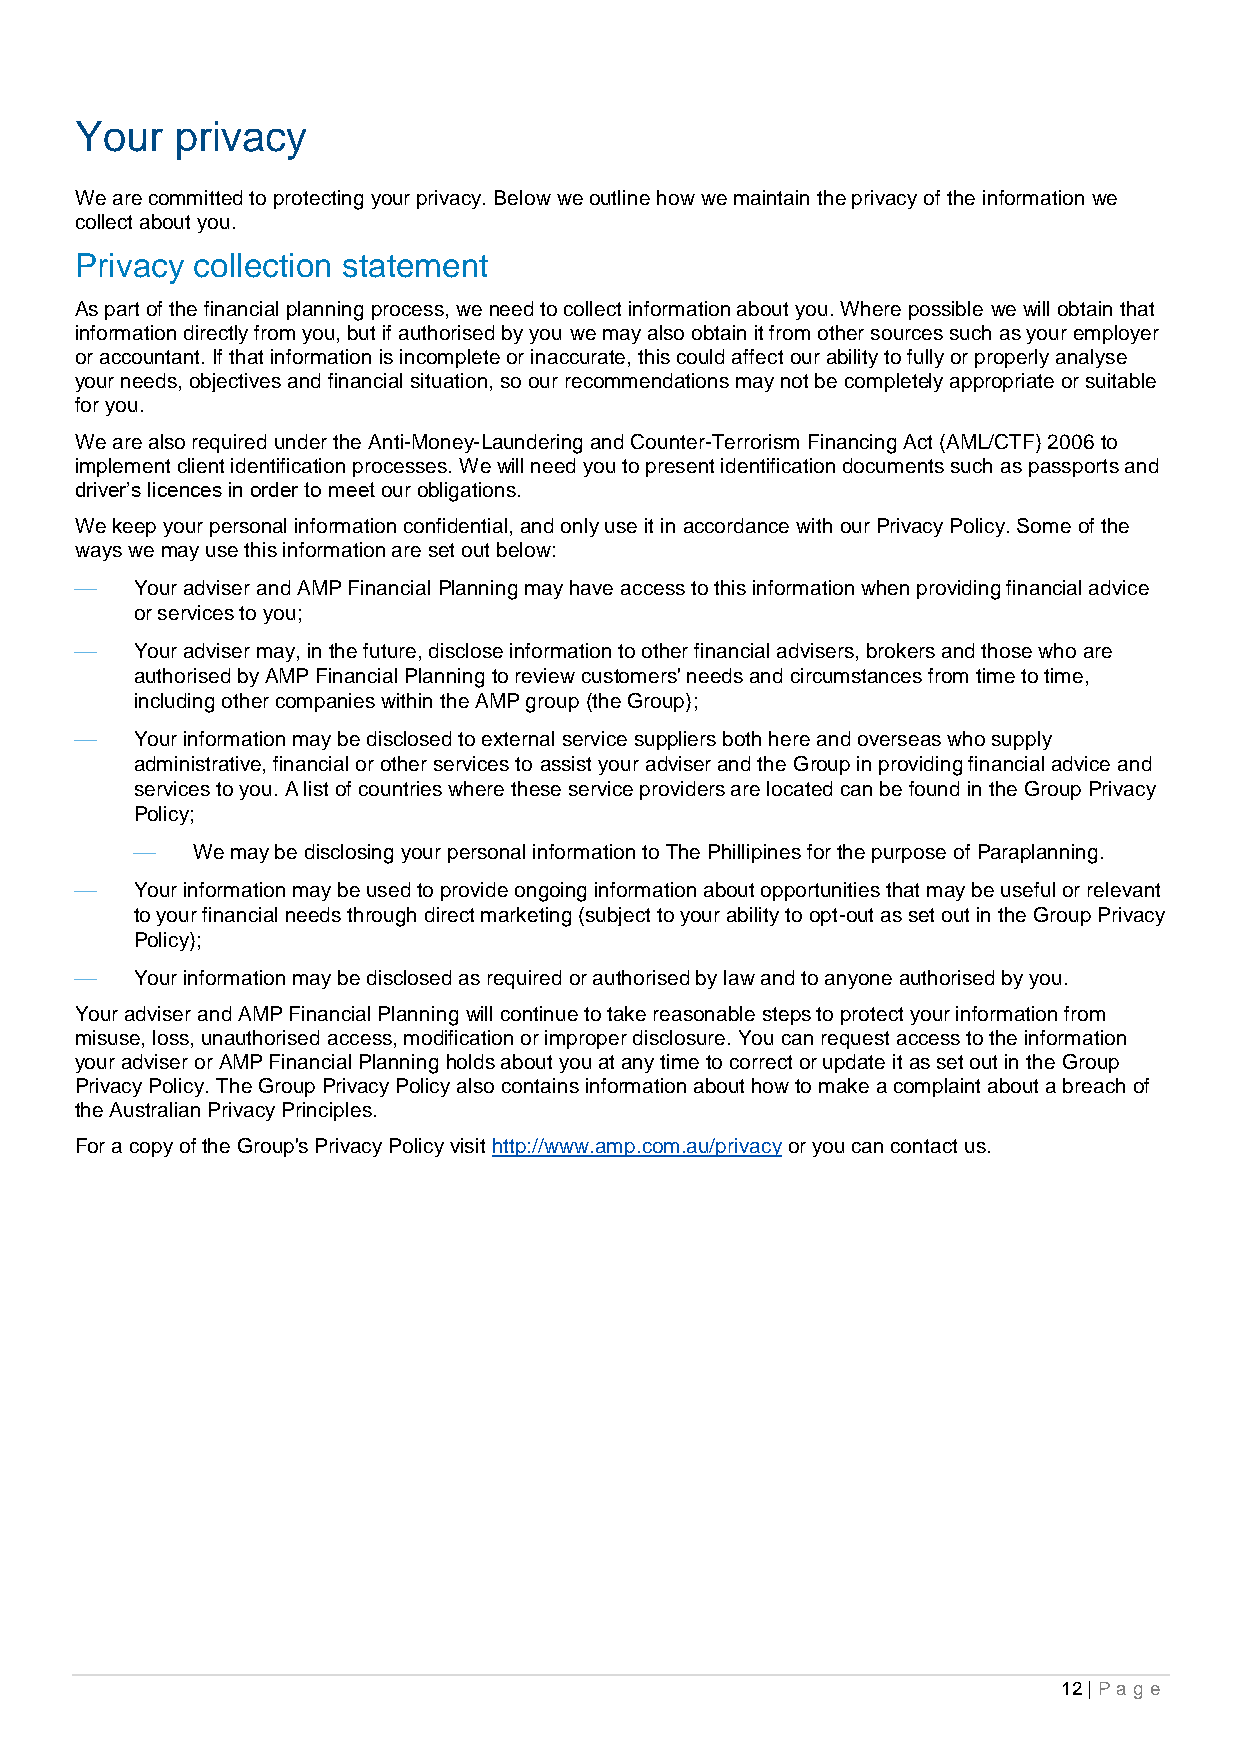
Your   privacy
 We are committed to protecting your privacy. Below we outline how we maintain the privacy of the information we
 collect about you.
 Privacy collection statement
 As part of the financial planning process, we need to collect information about you. Where possible we will obtain that
 information directly from you, but if authorised by you we may also obtain it from other sources such as your employer
 or accountant. If that information is incomplete or inaccurate, this could affect our ability to fully or properly analyse
 your needs, objectives and financial situation, so our recommendations may not be completely appropriate or suitable
 for you.
 We are also required under the Anti-Money-Laundering and Counter-Terrorism Financing Act (AML/CTF) 2006 to
 implement client identification processes. We will need you to present identification documents such as passports and
 driver’s licences in order to meet our obligations.
 We keep your personal information confidential, and only use it in accordance with our Privacy Policy. Some of the
 ways we may use this information are set out below:
    Your adviser and AMP Financial Planning may have access to this information when providing financial advice
 or services to you;
    Your adviser may, in the future, disclose information to other financial advisers, brokers and those who are
 authorised by AMP Financial Planning to review customers' needs and circumstances from time to time,
 including other companies within the AMP group (the Group);
    Your information may be disclosed to external service suppliers both here and overseas who supply
 administrative, financial or other services to assist your adviser and the Group in providing financial advice and
 services to you. A list of countries where these service providers are located can be found in the Group Privacy
 Policy;
    We may be disclosing your personal information to The Phillipines for the purpose of Paraplanning.
    Your information may be used to provide ongoing information about opportunities that may be useful or relevant
 to your financial needs through direct marketing (subject to your ability to opt-out as set out in the Group Privacy
 Policy);
    Your information may be disclosed as required or authorised by law and to anyone authorised by you.
 Your adviser and AMP Financial Planning will continue to take reasonable steps to protect your information from
 misuse, loss, unauthorised access, modification or improper disclosure. You can request access to the information
 your adviser or AMP Financial Planning holds about you at any time to correct or update it as set out in the Group
 Privacy Policy. The Group Privacy Policy also contains information about how to make a complaint about a breach of
 the Australian Privacy Principles.
 For a copy of the Group's Privacy Policy visit http://www.amp.com.au/privacy or you can contact us.
 12 | Pa g e